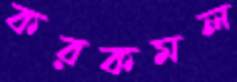
করকমল